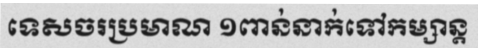
ទេសចរប្រមាណ ១ពាន់នាក់ទៅកម្សាន្ត